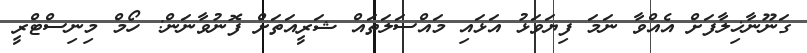
ގަނޫނާޚިލާފަށް އެއްވާ ނަމަ ފިޔަވަޅު އަޅައި މައްސަލަތައް ޝަރީއަތަށް ފޮނުވާނަން: ހޯމް މިނިސްޓްރީ